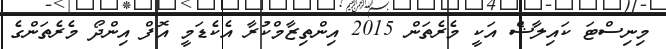
މިނިސްޓަ ކައިލާޝް އަކީ މެރެތަން 2015 އިންތިޒާމްކުރާ އެކެޑަމީ އޮފް އިންދޯ މެރެތަންގެ